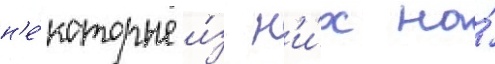
н'е́которые и́з н'и́х на́